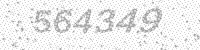
Solution: 564349